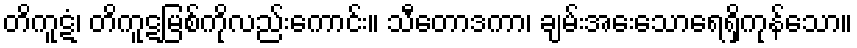
တိကူဋံ၊ တိကူဋမြစ်ကိုလည်းကောင်း။ သီတောဒကာ၊ ချမ်းအေးသောရေရှိကုန်သော။